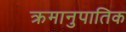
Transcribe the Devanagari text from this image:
क्रमानुपातिक